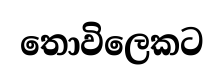
තොවිලෙකට